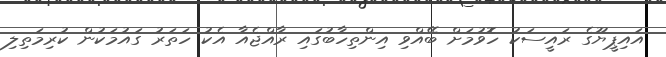
އައިޕީޔޫގެ ރައީސަކު ހޮވުމަށް ބޭއްވި އިންތިހާބުގައި ރާއްޖެއާ އެކު ހަތަރު ގައުމަކުން ކުރިމަތިލި